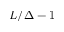
L / \Delta - 1